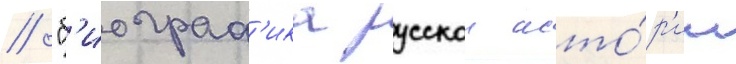
/ "б'иограф'ика русскои исто́р'ии